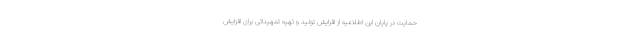
حمایت در پایان این اطلاعیه از افزایش تولید و تهیه تمهیداتی برای افزایش